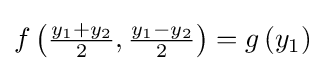
{\textstyle f\left({\frac {y_{1}+y_{2}}{2}},{\frac {y_{1}-y_{2}}{2}}\right)=g\left(y_{1}\right)}